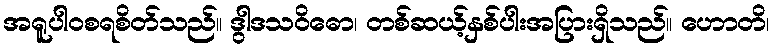
အရူပါဝစရစိတ်သည်။ ဒွါဒသဝိဓော၊ တစ်ဆယ့်နှစ်ပါးအပြားရှိသည်။ ဟောတိ၊